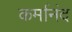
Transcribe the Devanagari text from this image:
कर्मानंद